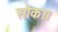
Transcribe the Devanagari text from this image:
सोका।